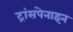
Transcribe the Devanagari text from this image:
ट्रांसपेनाइन